Notes on vaccination in the North-West Frontier Province 1923-1928 - 1923-1928
Year: 1923
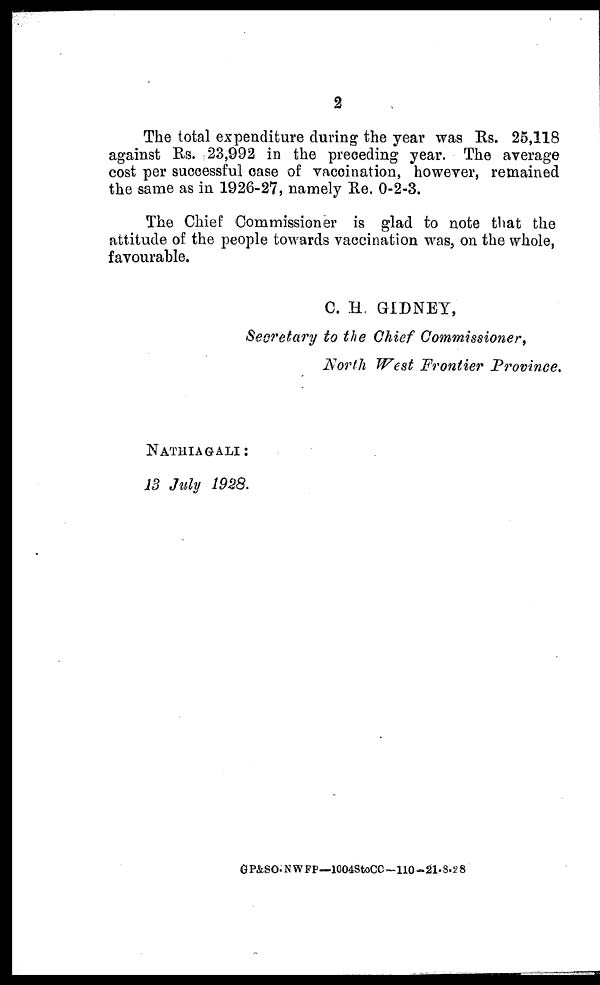
2
The total expenditure during the year was Rs. 25,118
against Rs. 23,992 in the preceding year. The average
cost per successful case of vaccination, however, remained
the same as in 1926-27, namely Re. 0-2-3.
The Chief Commissioner is glad to note that the
attitude of the people towards vaccination was, on the whole,
favourable.
C. H. GIDNEY,
Secretary to the Chief Commissioner,
North West Frontier Province.
NATHIAGALI:
13 July 1928.
GP&SO-NWFP—1004StoCC—110-21-8-28